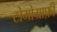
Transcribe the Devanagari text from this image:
टोमोग्राफ़ी